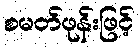
စမတ်ဖုန်းဖြင့်